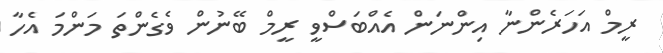
ރީމް އަހަރެންނާ އިންނަން އެއްބަސްވީ ރީމް ބޭނުން ވެގެންތަ މަންމަ އެހާ